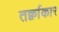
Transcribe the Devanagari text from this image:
तर्क्वाकार